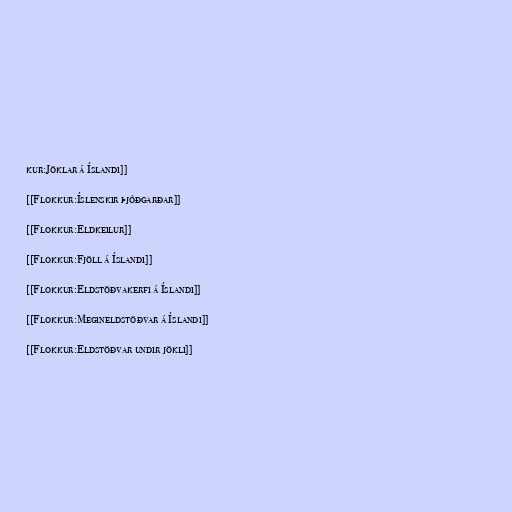
kur:Jöklar á Íslandi]]

[[Flokkur:Íslenskir þjóðgarðar]]

[[Flokkur:Eldkeilur]]

[[Flokkur:Fjöll á Íslandi]]

[[Flokkur:Eldstöðvakerfi á Íslandi]]

[[Flokkur:Megineldstöðvar á Íslandi]]

[[Flokkur:Eldstöðvar undir jökli]]